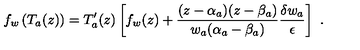
f _ { w } \left( T _ { a } ( z ) \right) = T _ { a } ^ { \prime } ( z ) \left[ f _ { w } ( z ) + \frac { ( z - \alpha _ { a } ) ( z - \beta _ { a } ) } { w _ { a } ( \alpha _ { a } - \beta _ { a } ) } \frac { \delta w _ { a } } { \epsilon } \right] \ .